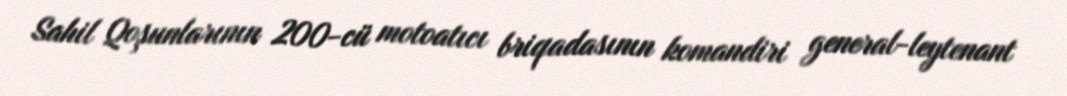
Sahil Qoşunlarının 200-cü motoatıcı briqadasının komandiri general-leytenant